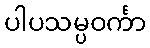
ပါပသမ္ပဝင်္ကာ